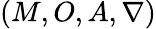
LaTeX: (M,O,A,\nabla)